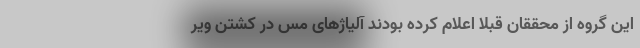
این گروه از محققان قبلاً اعلام کرده بودند آلیاژهای مس در کشتن ویر